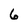
Character: 6